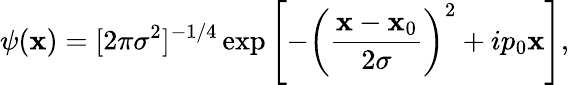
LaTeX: \psi(\mathbf{x})=[2\pi\sigma^{2}]^{-1/4}\exp\left[-\left(\frac{{\mathbf{x}-\mathbf{x}_{0}}}{{2\sigma}}\right)^{2}+ip_{0}\mathbf{x}\right],